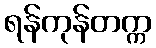
ရန်ကုန်တက္က